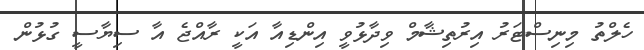
ހެލްތު މިނިސްޓަރު އިރުތިޝާމް ވިދާޅުވީ އިންޑިއާ އަކީ ރާއްޖެ އާ ސިޔާސީ ގުޅުން